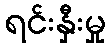
ရင်းနှီးမှု